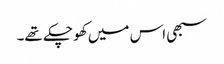
سبھی اس میں کھو چکے تھے۔